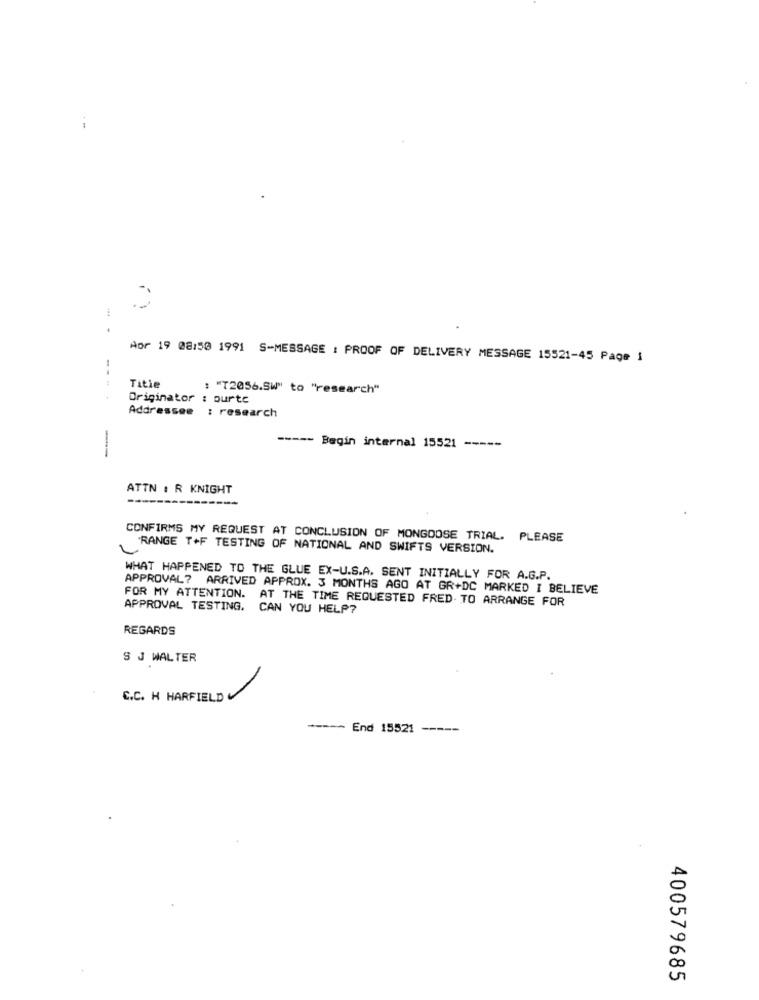
Aor 19 08:50 1991 S-MESSAGE : PROOF OF DELIVERY MESSAGE 15521-45 Page 1
Title
: "T2056.SW" to "research"
Originator : ourte
Addressee : research
----- Begin internal 15521 -----
---
ATTN : R KNIGHT
CONFIRMS MY REQUEST AT CONCLUSION OF MONGOOSE TRIAL. PLEASE
2
"RANGE T+F TESTING OF NATIONAL AND SWIFTS VERSION.
WHAT HAPPENED TO THE GLUE EX-U.S.A. SENT INITIALLY FOR A.G.P.
APPROVAL? ARRIVED APPROX. 3 MONTHS AGO AT GR+DC MARKED I BELIEVE
FOR MY ATTENTION. AT THE TIME REQUESTED FRED. TO ARRANGE FOR
APPROVAL TESTING. CAN YOU HELP?
REGARDS
S J WALTER
1
C.C. H HARFIELD
----- End 15521
-----
A
0
un
400579685